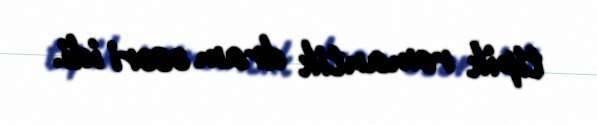
tipik romantik dram əsəri idi.